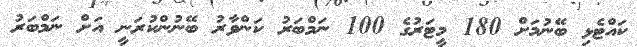
ކައްޓެޅި ބޭނުމަށް 180 މީޓަރުގެ 100 ނަމްބަރު ކަންވާރު ބޭނުންކުރަނީ އަށް ނަމްބަރު